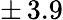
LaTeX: \pm\, 3.9